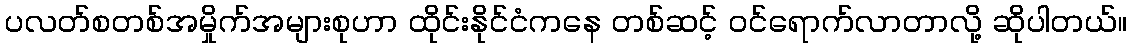
ပလတ်စတစ်အမှိုက်အများစုဟာ ထိုင်းနိုင်ငံကနေ တစ်ဆင့် ဝင်ရောက်လာတာလို့ ဆိုပါတယ်။